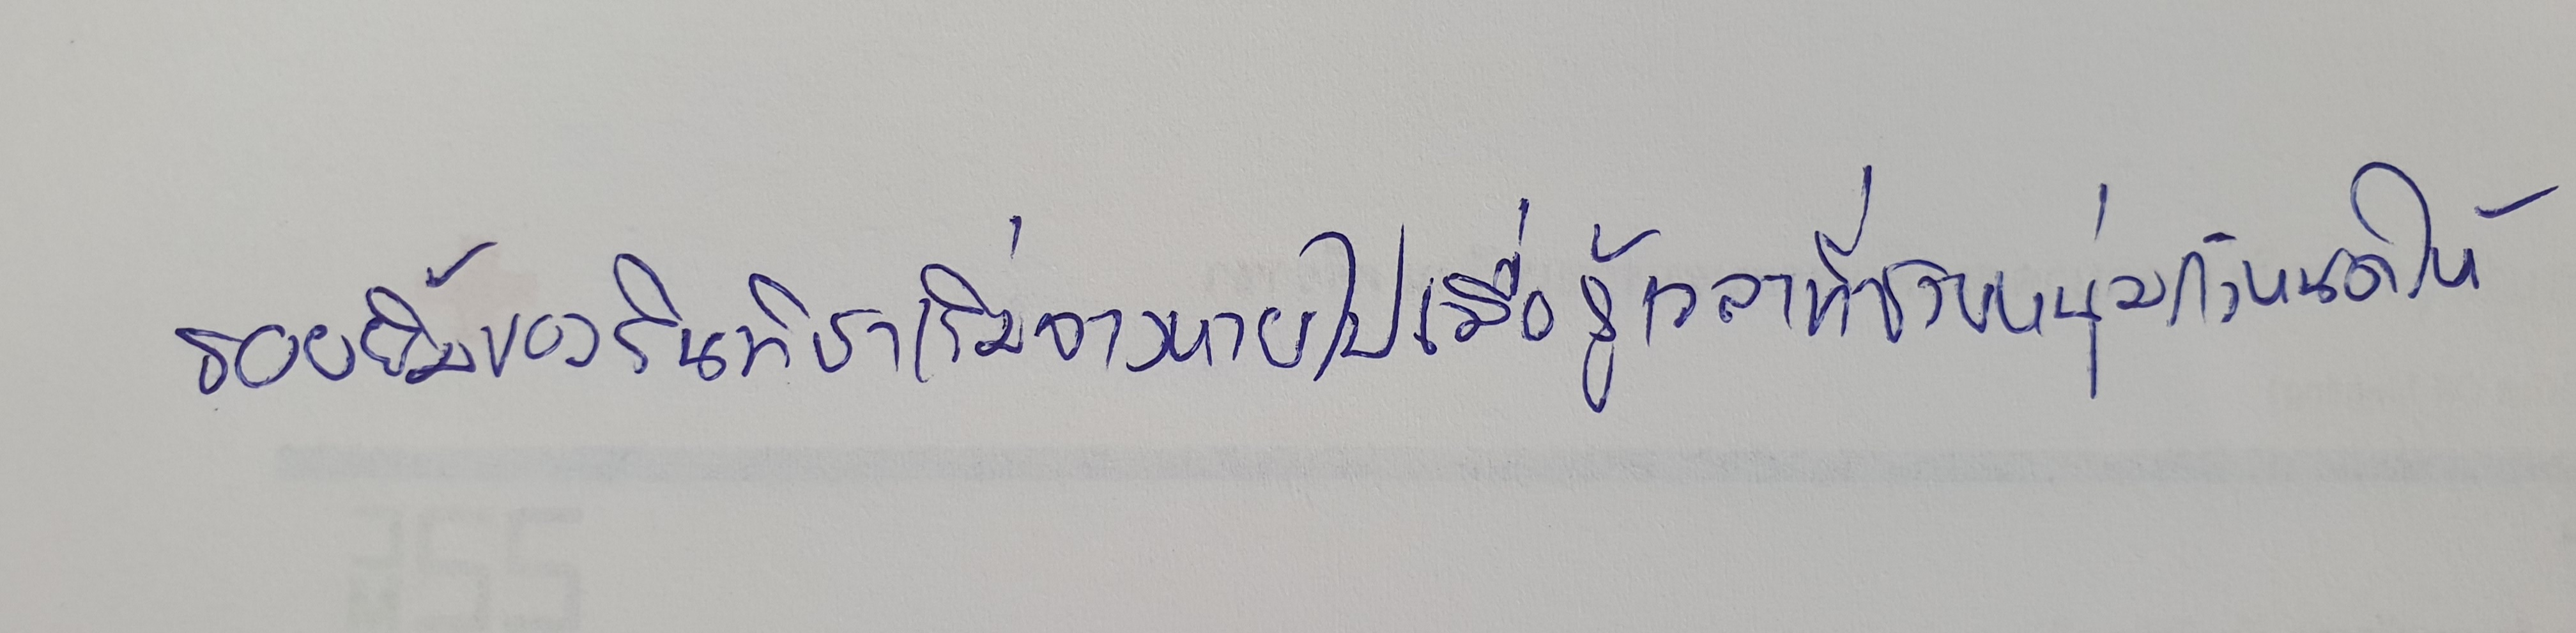
รอยยิ้มของรินทิชาเริ่มจางหายไปเมื่อรู้เวลาที่ชายหนุ่มกำหนดให้